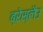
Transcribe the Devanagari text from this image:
ब्रेस्लैउ